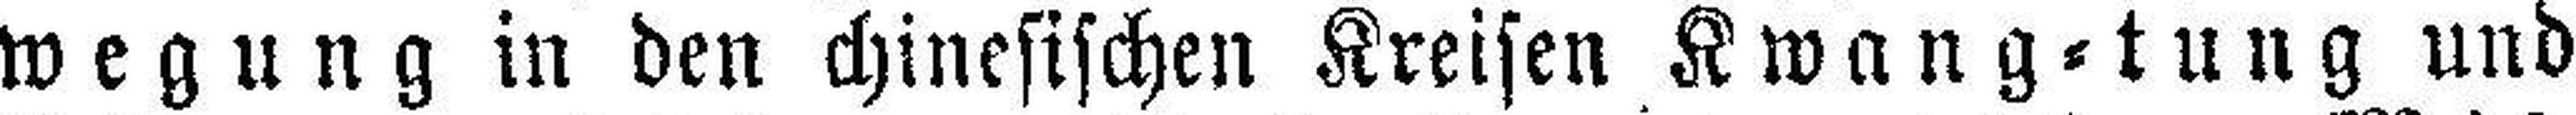
wegung in den chinesischen Kreisen Kwang=tung und